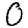
Digit: 0